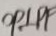
O P \bot P F